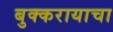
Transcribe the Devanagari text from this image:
बुक्करायाचा